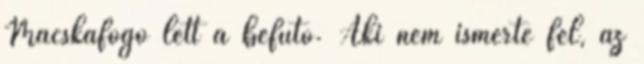
Macskafogó lett a befutó. Aki nem ismerte fel, az